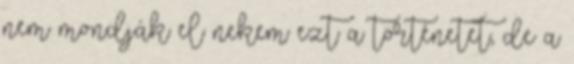
nem mondják el nekem ezt a történetet, de a